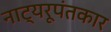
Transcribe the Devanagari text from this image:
नाट्यरूपंतकार